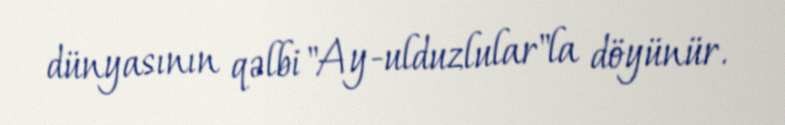
dünyasının qəlbi "Ay-ulduzlular"la döyünür.